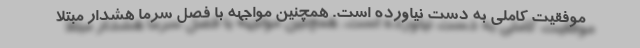
موفقیت کاملی به دست نیاورده است. همچنین مواجهه با فصل سرما هشدار مبتلا